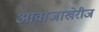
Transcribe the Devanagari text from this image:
आवाजाखेरीज